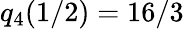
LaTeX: q_{4}(1/2)=16/3